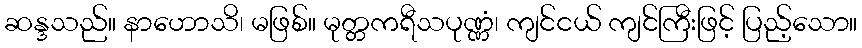
ဆန္ဒသည်။ နာဟောသိ၊ မဖြစ်။ မုတ္တကရီသပုဏ္ဏံ၊ ကျင်ငယ် ကျင်ကြီးဖြင့် ပြည့်သော။